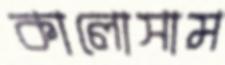
কালোসাম